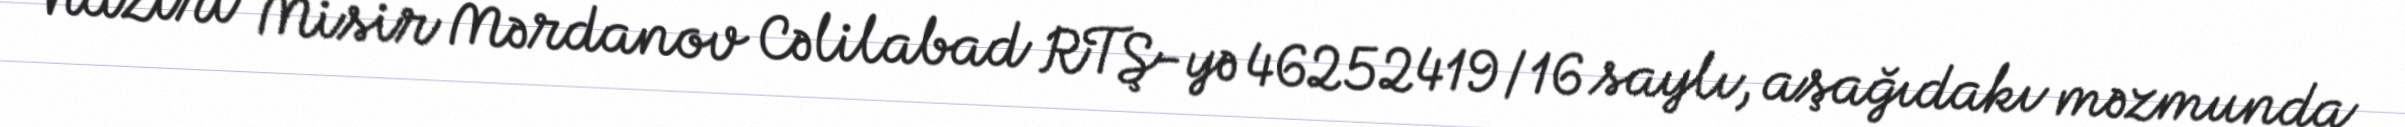
naziri Misir Mərdanov Cəlilabad RTŞ-yə 46252419/16 saylı, aşağıdakı məzmunda